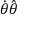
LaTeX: { \dot { \theta } } { \hat { \boldsymbol { \theta } } }